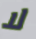
لا